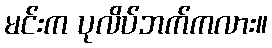
မင်းက ပုလိပ်ဘက်ကလား။